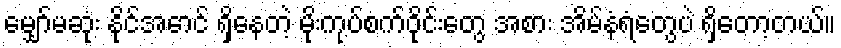
မျှော်မဆုံး နိုင်အောင် ရှိနေတဲ့ မိုးကုပ်စက်ဝိုင်းတွေ အစား အိမ်နံရံတွေပဲ ရှိတော့တယ်။